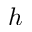
h